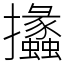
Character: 攭